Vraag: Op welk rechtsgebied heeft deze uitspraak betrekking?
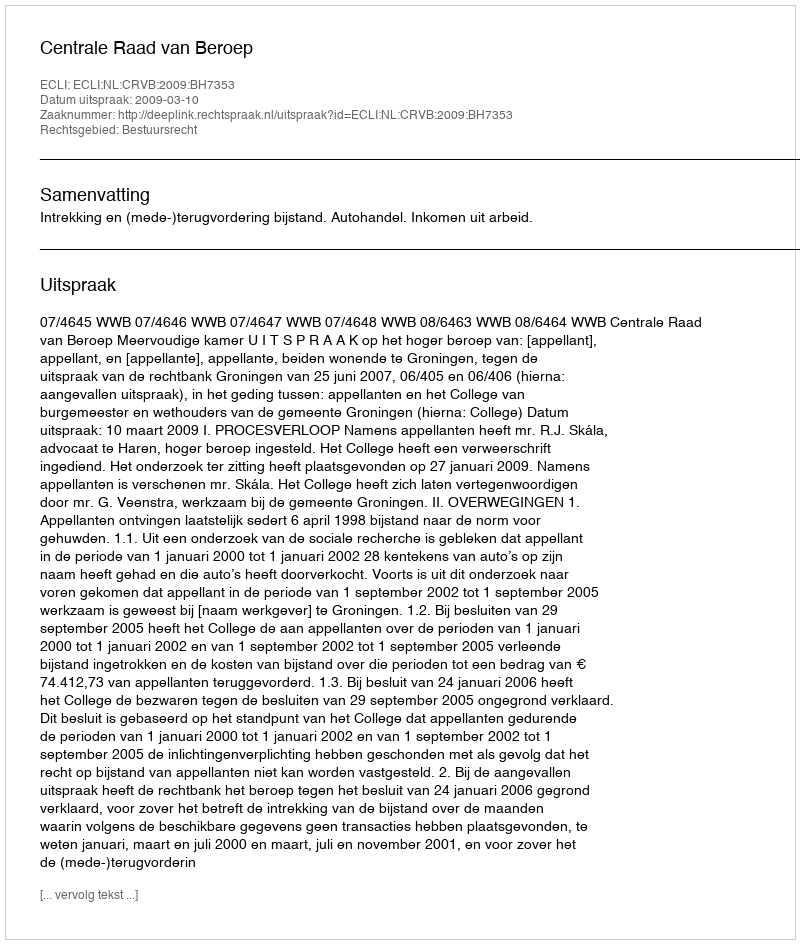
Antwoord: Bestuursrecht